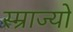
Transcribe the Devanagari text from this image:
स्म्राज्यों